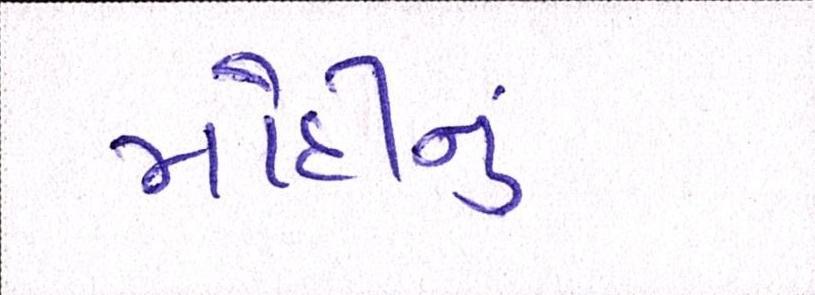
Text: મોદીનુ